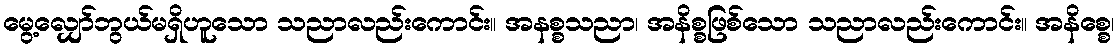
မွေ့လျှော်ဘွယ်မရှိဟူသော သညာလည်းကောင်း။ အနစ္စသညာ၊ အနိစ္စဖြစ်သော သညာလည်းကောင်း။ အနိစ္စေ၊